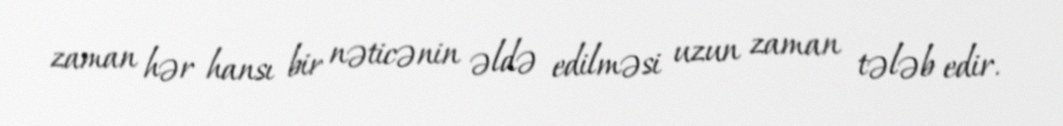
zaman hər hansı bir nəticənin əldə edilməsi uzun zaman tələb edir.